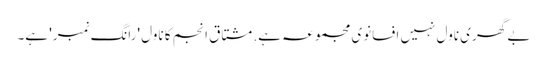
بے گھری ناول نہیں افسانوی مجموعہ ہے. مشتاق انجم کا ناول 'رانگ نمبر' ہے۔